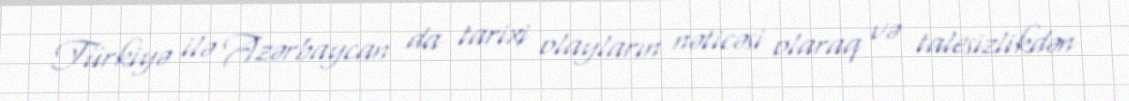
Türkiyə ilə Azərbaycan da tarixi olayların nəticəsi olaraq və talesizlikdən